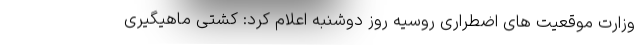
وزارت موقعیت های اضطراری روسیه روز دوشنبه اعلام کرد: کشتی ماهیگیری